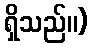
ရှိသည်။)